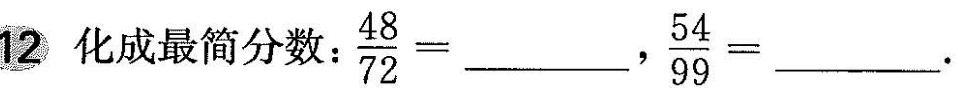
12 化成最简分数：$$\frac{48}{72} =$$___， $$\frac{54}{99} =$$___。